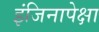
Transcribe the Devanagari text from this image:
इंजिनापेक्षा